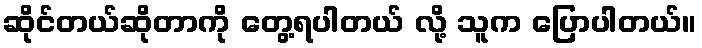
ဆိုင်တယ်ဆိုတာကို တွေ့ရပါတယ် လို့ သူက ပြောပါတယ်။